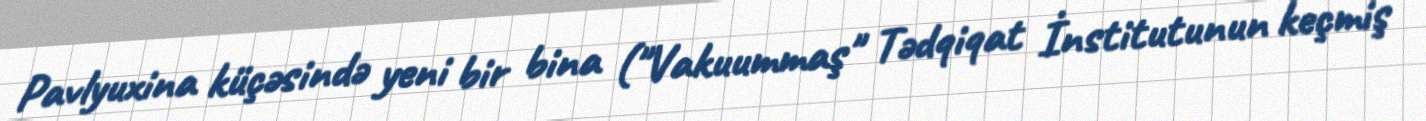
Pavlyuxina küçəsində yeni bir bina ("Vakuummaş" Tədqiqat İnstitutunun keçmiş